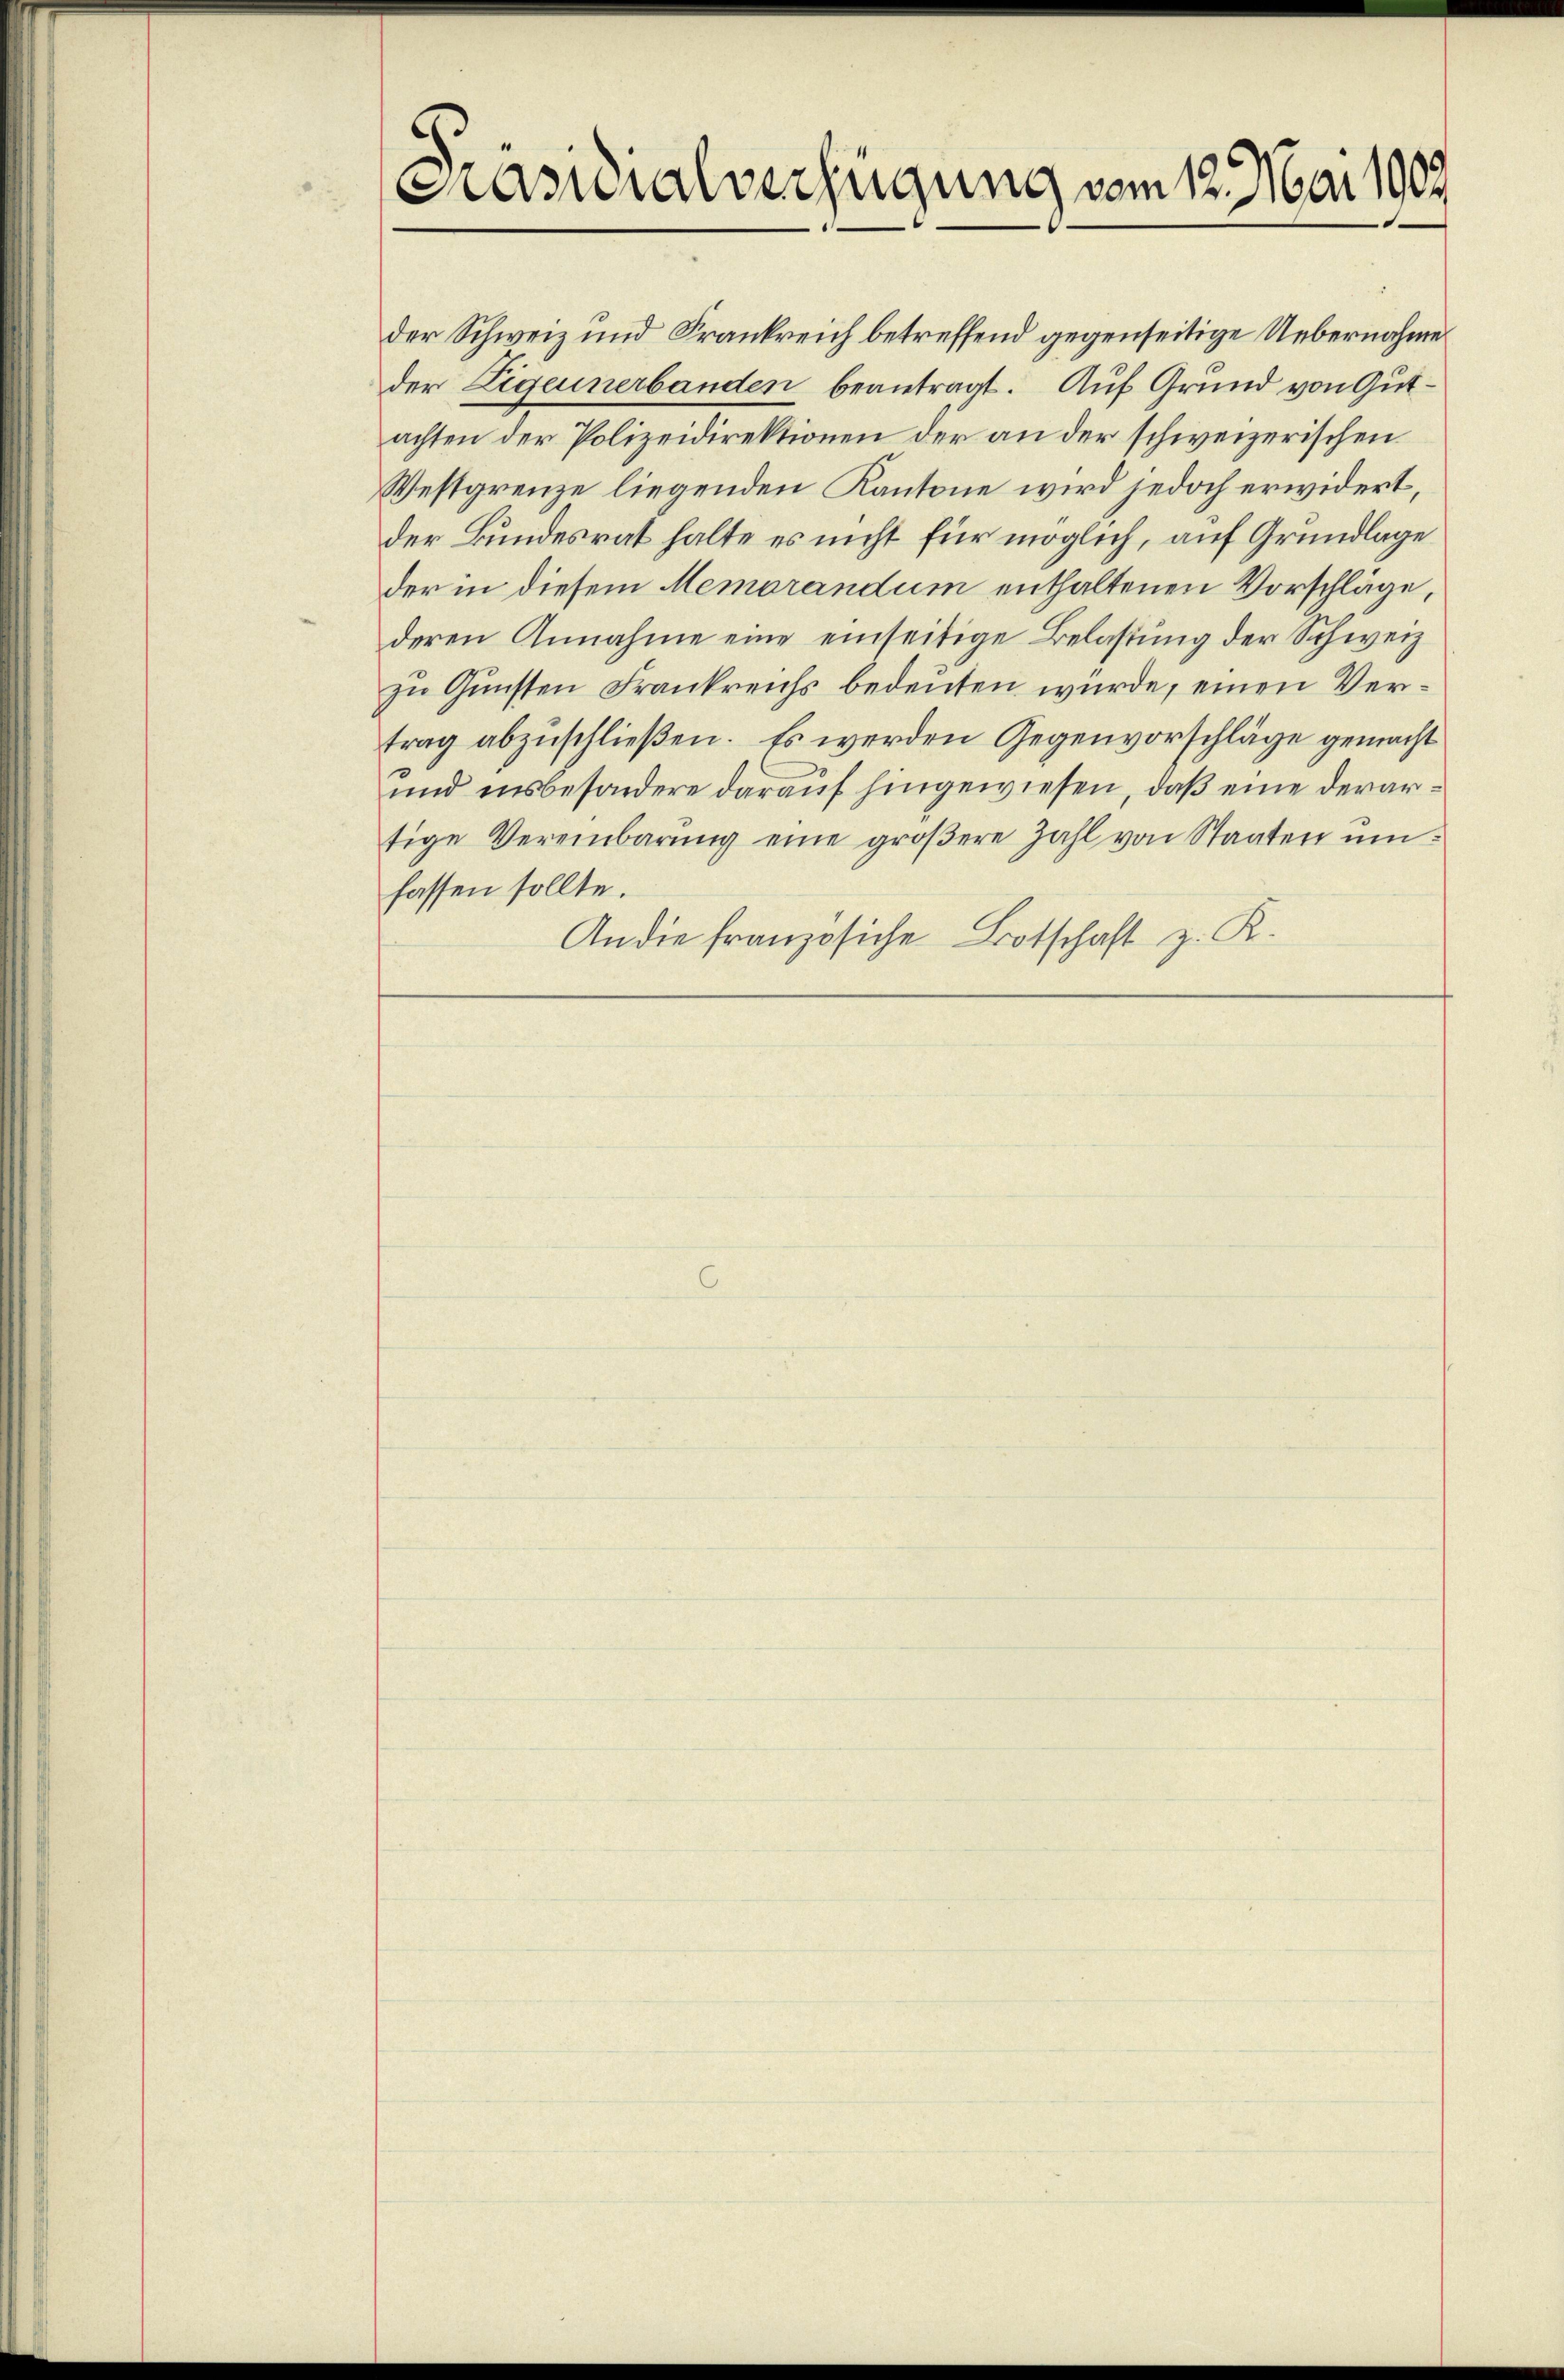
Präsidialverfügung vom 12. Mai 1909

der Schweiz und Frankreich betreffend gegenseitige Uebernahme
der Eigeunerbanden beantragt. Auf Grund von Gutachten der Polizeidirektionen der an der schweizerischen
Westgrenze liegenden Kantone wird jedoch erwidert,
der Bundesrat halte es nicht für möglich, auf Grundlage
der in diesem Memorandum enthaltenen Vorschläge,
deren Annahme eine einseitige Belastung der Schweiz
zu Gunsten Frankreichs bedeuten würde, einen Vertrag abzuschließen. Es werden Gegenvorschläge gemacht
und insbesondere darauf hingewiesen, daß eine derartige Vereinbarŭng eine gröβere Zahl von Staaten ŭm
fassen sollte.
An die französiche Botschaft z. K.